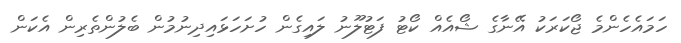
ހަމައެހެންމެ ޖޯކަރަކު އޭނާގެ ޝޯއެއް ކޯޓު ފަޓުލޫނު ލައިގެން ހުށަހަޅައިދިނުމުން ބެލުންތެރިން އެކަން